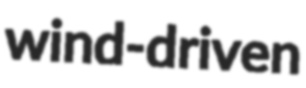
wind-driven